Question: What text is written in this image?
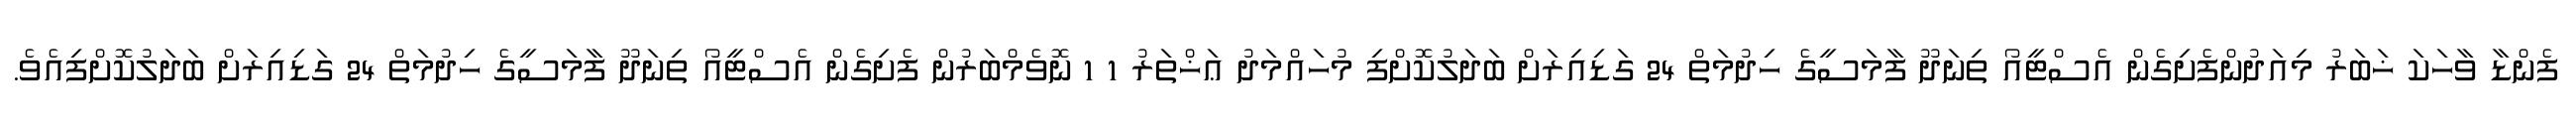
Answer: ފެންޑާ ވާހަކަ ޚަބަރު މިއަދުންފެށިގެން އެސްޓީއޯ ތިނަދޫ ފާމަސީގެ ހިދުމަތް 24 ގަޑިއިރަށް ބަދަލުކޮށްފި މުހައްމަދު ޢަޚްތަރު 1 1 ނޮވެމްބަރުން ފެށިގެން އެސްޓީއޯ ތިނަދޫ ފާމަސީގެ ހިދުމަތް 24 ގަޑިއިރަށް ބަދަލުކޮށްފިއެވެ.